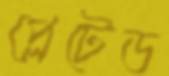
প্লেটেড